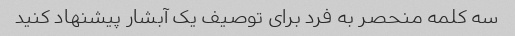
سه کلمه منحصر به فرد برای توصیف یک آبشار پیشنهاد کنید